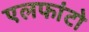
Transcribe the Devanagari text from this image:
एलफांटो